Medical and sanitary report of the native army of Bengal for the year
Year: 1878
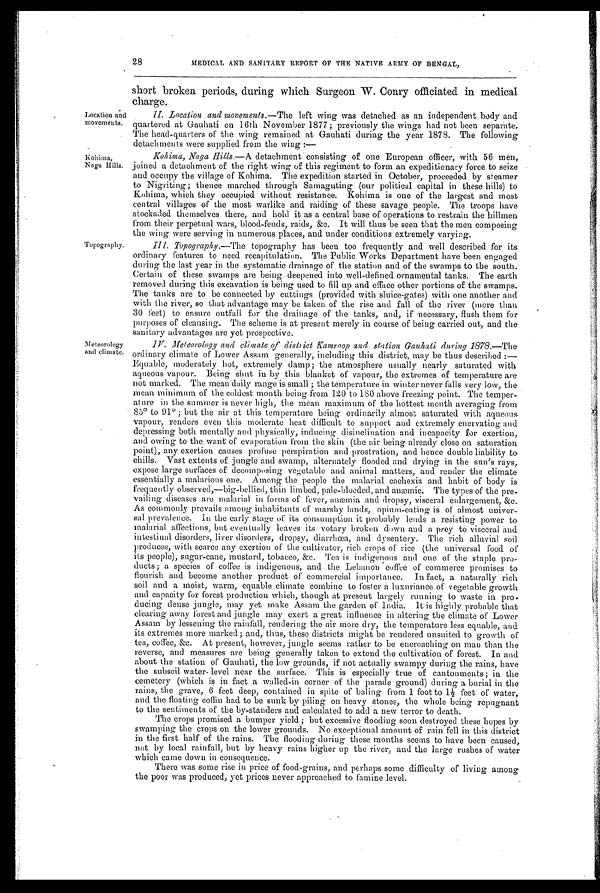
28
MEDICAL AND SANITARY REPORT OF THE NATIVE ARMY OF BENGAL,
Location and
movements.
Kohima,
Naga Hills.
Topography.
Meteorology
and climate.
short broken periods, during which Surgeon W. Conry officiated in medical
charge.
II. Location and movements. —The left wing was detached as an independent body and
quartered at Gauhati on 16th November 1877; previously the wings had not been separate.
The head-quarters of the wing remained at Gauhati during the year 1878. The following
detachments were supplied from the wing:—
Kohima, Naga Hills.—A detachment consisting of one European officer, with 56 men,
joined a detachment of the right wing of this regiment to form an expeditionary force to seize
and occupy the village of Kohima. The expedition started in October, proceeded by steamer
to Nigriting; thence marched through Samaguting (our political capital in these hills) to
Kohima, which they occupied without resistance. Kohima is one of the largest and most
central villages of the most warlike and raiding of these savage people. The troops have
stockaded themselves there, and hold it as a central base of operations to restrain the hillmen
from their perpetual wars, blood-feuds, raids, &c. It will thus be seen that the men composing
the wing were serving in numerous places, and under conditions extremely varying.
III. Topography.—The topography has been too frequently and well described for its
ordinary features to need recapitulation. The Public Works Department have been engaged
during the last year in the systematic drainage of the station and of the swamps to the south.
Certain of these swamps are being deepened into well-defined ornamental tanks. The earth
removed during this excavation is being used to fill up and efface other portions of the swamps.
The tanks are to be connected by cuttings (provided with sluice-gates) with one another and
with the river, so that advantage may be taken of the rise and fall of the river (more than
30 feet) to ensure outfall for the drainage of the tanks, and, if necessary, flush them for
purposes of cleansing. The scheme is at present merely in course of being carried out, and the
sanitary advantages are yet prospective.
IV. Meteorology and climate of district Kamroop and station Gauhati during 1878. —The
ordinary climate of Lower Assam generally, including this district, may be thus described:
—
Equable, moderately hot, extremely damp; the atmosphere usually nearly saturated with
aqueous vapour. Being shut in by this blanket of vapour, the extremes of temperature are
not marked. The mean daily range is small; the temperature in winter never falls very low, the
mean minimum of the coldest mouth being from 120 to 180 above freezing point. The temper
-
ature in the summer is never high, the mean maximum of the hottest month averaging from
85° to 91°; but the air at this temperature being ordinarily almost saturated with aqueous
vapour, renders even this moderate heat difficult to support and extremely enervating and
depressing both mentally and physically, inducing disinclination and incapacity for exertion,
and owing to the want of evaporation from the skin (the air being already close on saturation
point), any exertion causes profuse perspiration and prostration, and hence double liability to
chills. Vast extents of jungle and swamp, alternately flooded and drying in the sun's rays,
expose large surfaces of decomposing vegetable and animal matters, and readier the climate
essentially a malarious one. Among the people the malarial cachexia and habit of body is
frequently observed,—big-bellied, thin limbed, pale-blooded, and anæmic. The types of the pre
-
vailing diseases are malarial in forms of fever, anæmia and dropsy, visceral enlargement, &c.
As commonly prevails among inhabitants of marshy lands, opium-eating is of almost univer
-
sal prevalence. In the early stage of its consumption it probably lends a resisting power to
malarial affections, but eventually leaves its votary broken down and a prey to visceral and
intestinal disorders, liver disorders, dropsy, diarrhœa, and dysentery. The rich alluvial soil
produces, with scarce any exertion of the cultivator, rich crops of rice (the universal food of
its people), sugar-cane, mustard, tobacco, &c. Tea is indigenous and one of the staple pro
-
ducts; a species of coffee is indigenous, and the Lebanon coffee of commerce promises to
flourish and become another product of commercial importance. In fact, a naturally rich
soil and a moist, warm, equable climate combine to foster a luxuriance of vegetable growth
and capacity for forest production which, though at present largely running to waste in pro
-
ducing dense jungle, may yet make Assam the garden of India. It is highly probable that
clearing away forest and jungle may exert a great influence in altering the climate of Lower
Assam by lessening the rainfall, rendering the air more dry, the temperature less equable, and
its extremes more marked; and, thus, these districts might be rendered unsuited to growth of
tea, coffee, &c. At present, however, jungle seems rather to be encroaching on man than the
reverse, and measures are being generally taken to extend the cultivation of forest. In and
about the station of Gauhati, the low grounds, if not actually swampy during the rains, have
the subsoil water-level near the surface. This is especially true of cantonments; in the
cemetery (which is in fact a walled-in corner of the parade ground) during a burial in the
rains, the grave, 6 feet deep, contained in spite of baling from 1 foot to 1½ feet of water,
and the floating coffin had to be sunk by piling on heavy stones, the whole being repugnant
to the sentiments of the by-standers and calculated to add a new terror to death.
The crops promised a bumper yield; but excessive flooding soon destroyed these hopes by
swamping the crops on the lower grounds. No exceptional amount of rain fell in this district
in the first half of the rains. The flooding during these months seems to have been caused,
not by local rainfall, but by heavy rains higher up the river, and the large rushes of water
which came down in consequence.
There was some rise in price of food-grains, and perhaps some difficulty of living among
the poor was produced, yet prices never approached to famine level.